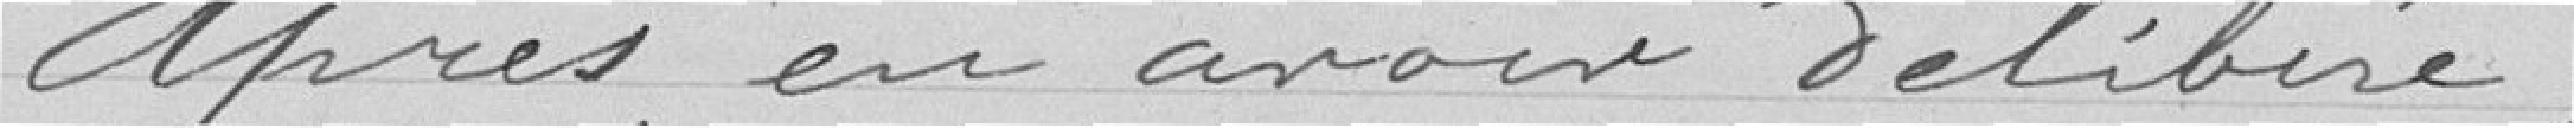
Après en avoir délibéré,